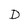
Character: D